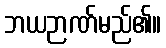
ဘယဉာဏ်မည်၏။